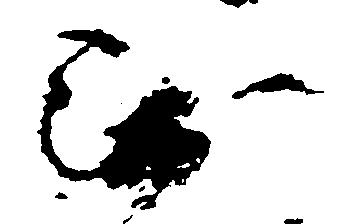
無